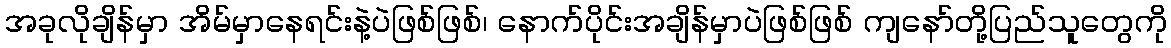
အခုလိုချိန်မှာ အိမ်မှာနေရင်းနဲ့ပဲဖြစ်ဖြစ်၊ နောက်ပိုင်းအချိန်မှာပဲဖြစ်ဖြစ် ကျနော်တို့ပြည်သူတွေကို